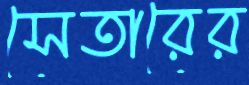
সেতারের